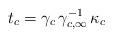
LaTeX: \begin{align*} t_{c} = \gamma_{c}\,\gamma_{c,\infty}^{-1}\,\kappa_{c}\end{align*}